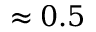
\approx 0 . 5